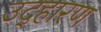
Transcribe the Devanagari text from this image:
उद्हारण